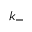
k _ { - }